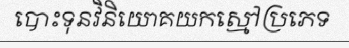
បោះទុនវិនិយោគយកស្មៅប្រភេទ